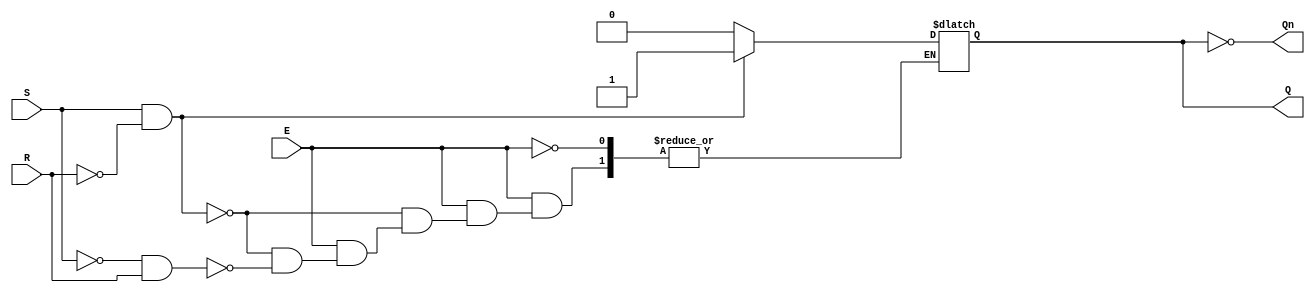
module gated_sr_latch (
    input wire S,      // Set input
    input wire R,      // Reset input
    input wire E,      // Enable input
    output reg Q,      // Primary output
    output wire Qn     // Complementary output
);

// Complementary output
assign Qn = ~Q;

// Always block to implement the gated SR latch behavior
always @(*) begin
    if (E) begin
        // When Enable is active, respond to S and R inputs
        if (S && ~R) begin
            Q = 1;    // Set Q to 1
        end else if (~S && R) begin
            Q = 0;    // Reset Q to 0
        end
        // If both S and R are 0, maintain the state (current value of Q is retained)
        // If both S and R are 1, we can leave Q unchanged as this is an undefined state.
    end
    // If E is low, we do not change Q, and it retains its previous state.
end

endmodule